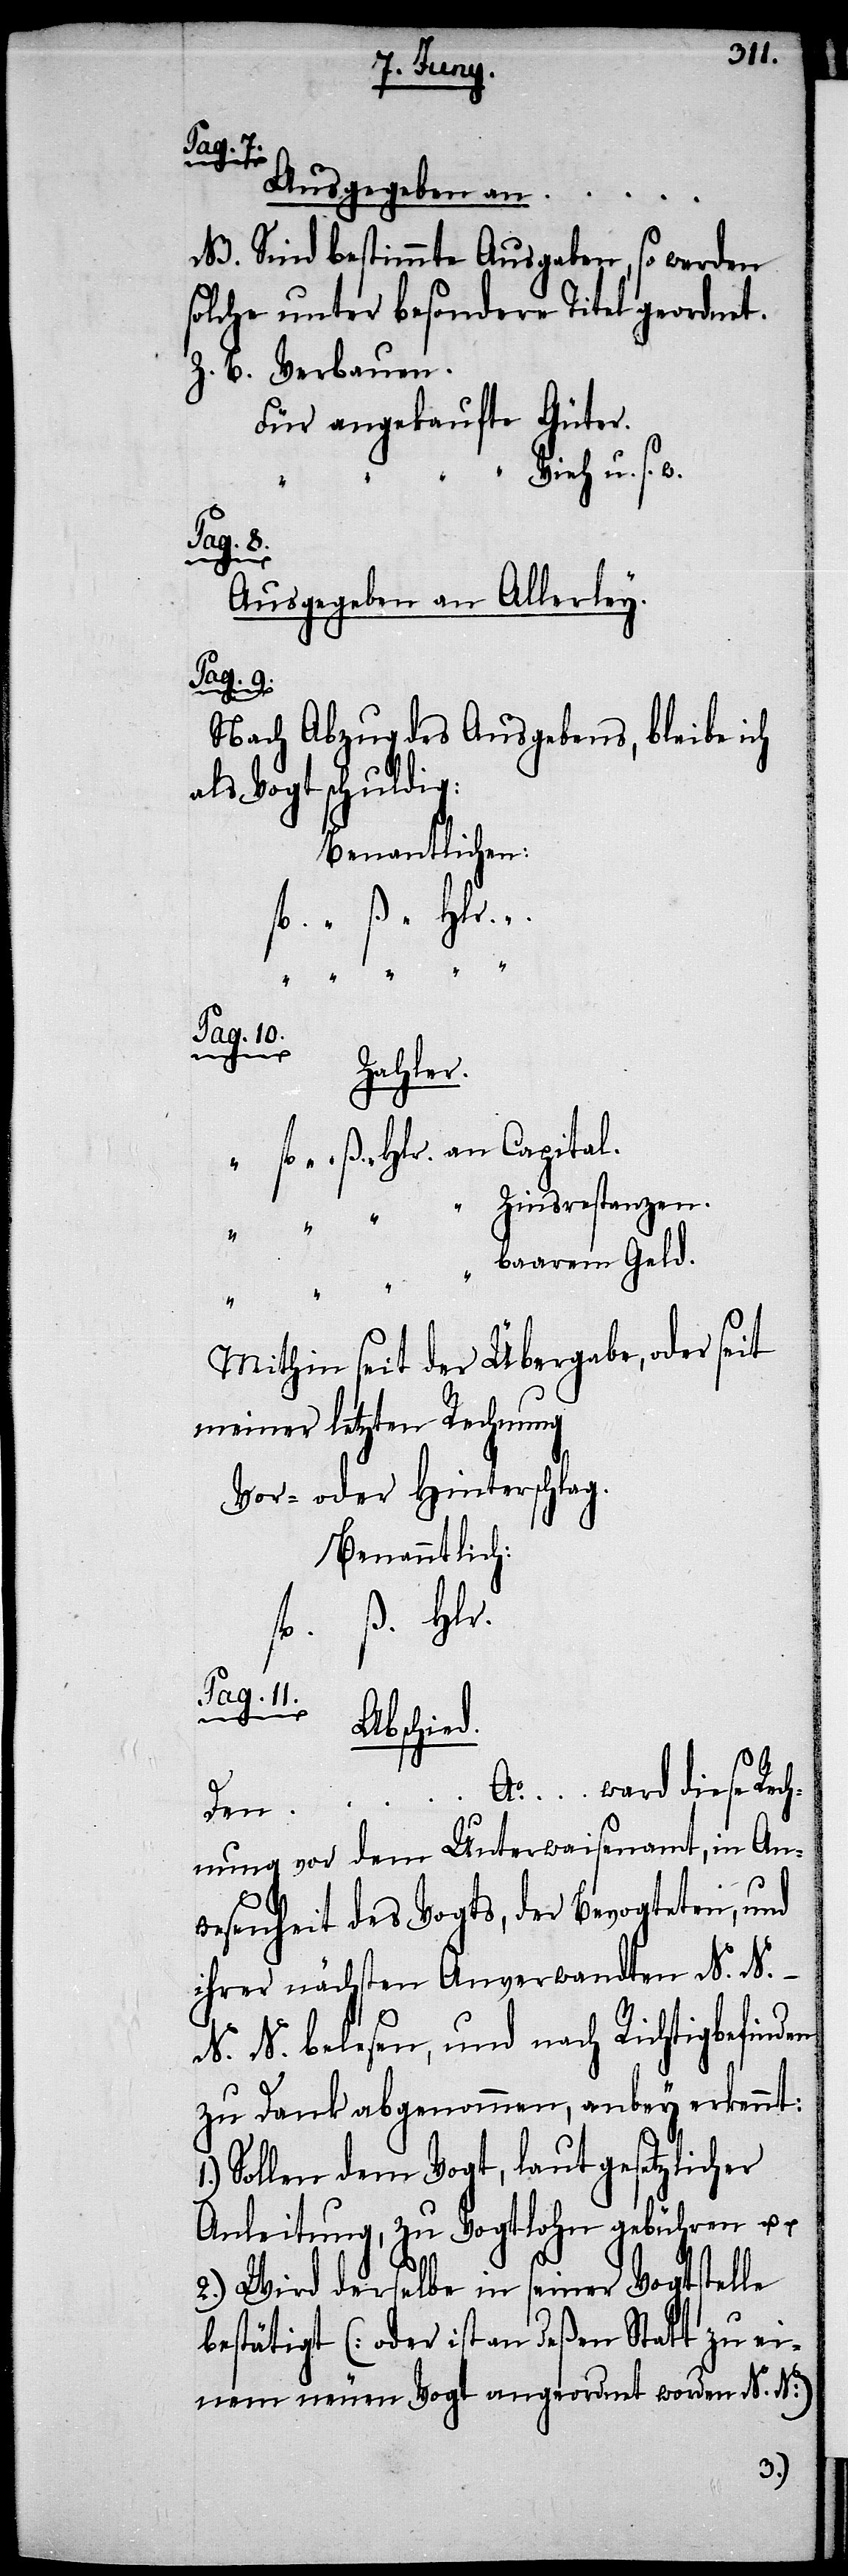
N. N.
Ausgegeben an …
NB. Sind bestimmte Ausgaben, so werden
solche unter besondere Titel geordnet.
Z. B.	Verbauen.
Für angekaufte Güter.
“ Vieh u. s. w.
Ausgegeben an Allerley.
Pag. 9.
Nach Abzug des Ausgebens, bleibe ich
als Vogt schuldig:
Benantlichen:
Pag. 10.
Zahler.
fl.	ß.	Hlr. an Capital.
“	Zinsrestanzen.
Mithin seit der Übergabe, oder seit
meiner letzten Rechnung
Vor- oder Hinterschlag.
Benanntlich:
fl. ß. Hlr.
Pag. 11.
Abschied.
Ao. … ward diese Rec¬
hnung vor dem Unterwaisenamt, in An¬
wesenheit des Vogts, der Bevogteten
N. N. belesen, und nach Richtigbefinden
zu Dank abgenommen, anbey erkennt:
Sollen dem Vogt, laut gesetzlicher
Anleitung, zu Vogtlohn gebühren u.
u.
2.) Wird derselbe in seiner Vogtstelle
bestätigt [oder ist an deßen Statt zu ei¬
nem neuen Vogt angeordnet worden N. N]